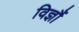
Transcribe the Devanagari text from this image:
विज्ञौं